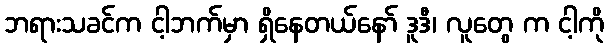
ဘရားသခင်က ငါ့ဘက်မှာ ရှိနေတယ်နော် ဒူဒီ၊ လူတွေ က ငါ့ကို